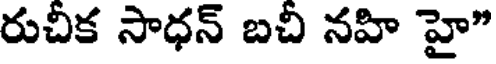
రుచీక సాధన్ బచీ నహి హై"